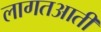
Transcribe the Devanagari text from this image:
लागतआती